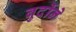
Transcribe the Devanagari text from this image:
बुर्दोने